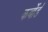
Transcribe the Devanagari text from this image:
कर्बोर्ड